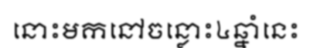
នោះមកនៅចន្លោះ៤ឆ្នាំនេះ